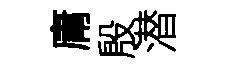
庸殷潜